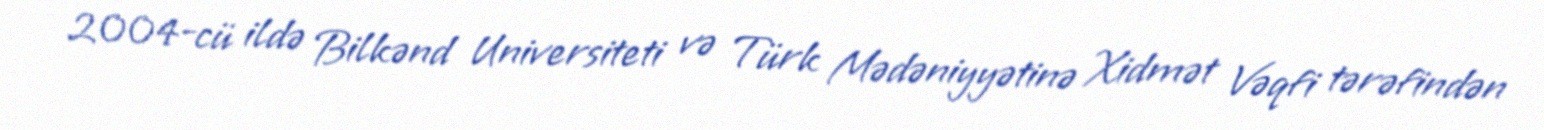
2004-cü ildə Bilkənd Universiteti və Türk Mədəniyyətinə Xidmət Vəqfi tərəfindən